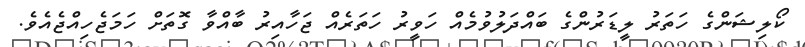
ކޯލިޝަންގެ ހަތަރު ލީޑަރުންގެ ބައްދަލުވުމެއް ހަވީރު ހަތަރެއް ޖަހާއިރު ބާއްވާ ގޮތަށް ހަމަޖެހިއްޖެއެވެ.